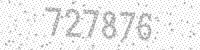
Solution: 727876